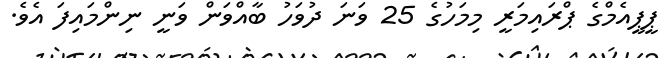
ޕީޕީއެމްގެ ޕްރައިމަރީ މިމަހުގެ 25 ވަނަ ދުވަހު ބާއްވަން ވަނީ ނިންމައިފަ އެވެ.